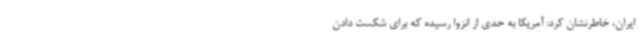
ایران، خاطرنشان کرد: آمریکا به حدی از انزوا رسیده که برای شکست دادن